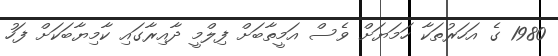
1980 ގެ އަހަރުތަކާ ހަމަޔަށް ވެސް އަމީތާބަށް ފިލްމީ ދާއިރާގައި ކާމިޔާބަކަށް ފަހު